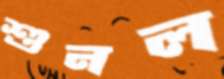
শুনল